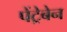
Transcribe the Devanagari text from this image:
पेंट्रेबेन